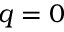
q = 0